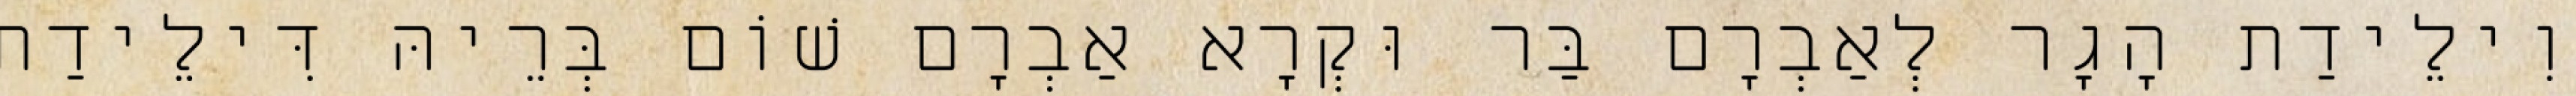
וִילֵידַת הָגָר לְאַבְרָם בַּר וּקְרָא אַבְרָם שׁוֹם בְּרֵיהּ דִּילֵידַת